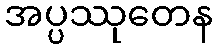
အပ္ပဿုတေန